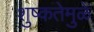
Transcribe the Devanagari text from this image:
शुष्कतेमुळे